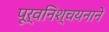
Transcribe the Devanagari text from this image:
पूर्वनिश्चयनाने